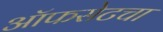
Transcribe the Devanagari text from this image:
ऑफसेटचा